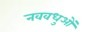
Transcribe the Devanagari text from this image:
नववधुओं